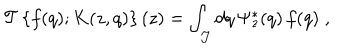
{ \mathcal T } \left\{ f ( q ) ; K ( z , q ) \right\} ( z ) = \int _ { \mathcal J } d q \, \Psi _ { z } ^ { * } ( q ) \, f ( q ) \; ,